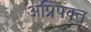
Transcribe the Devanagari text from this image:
अप्रिपक्त